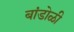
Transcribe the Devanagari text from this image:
बांडोळी